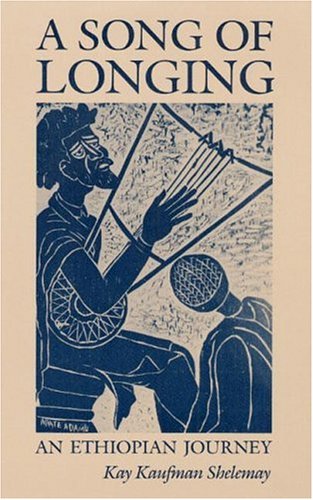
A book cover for A Song of Longing: An Ethiopian Journey; Kay Shelemay; Travel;